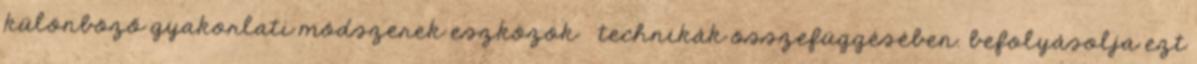
különböző gyakorlati módszerek eszközök technikák összefüggésében. befolyásolja ezt